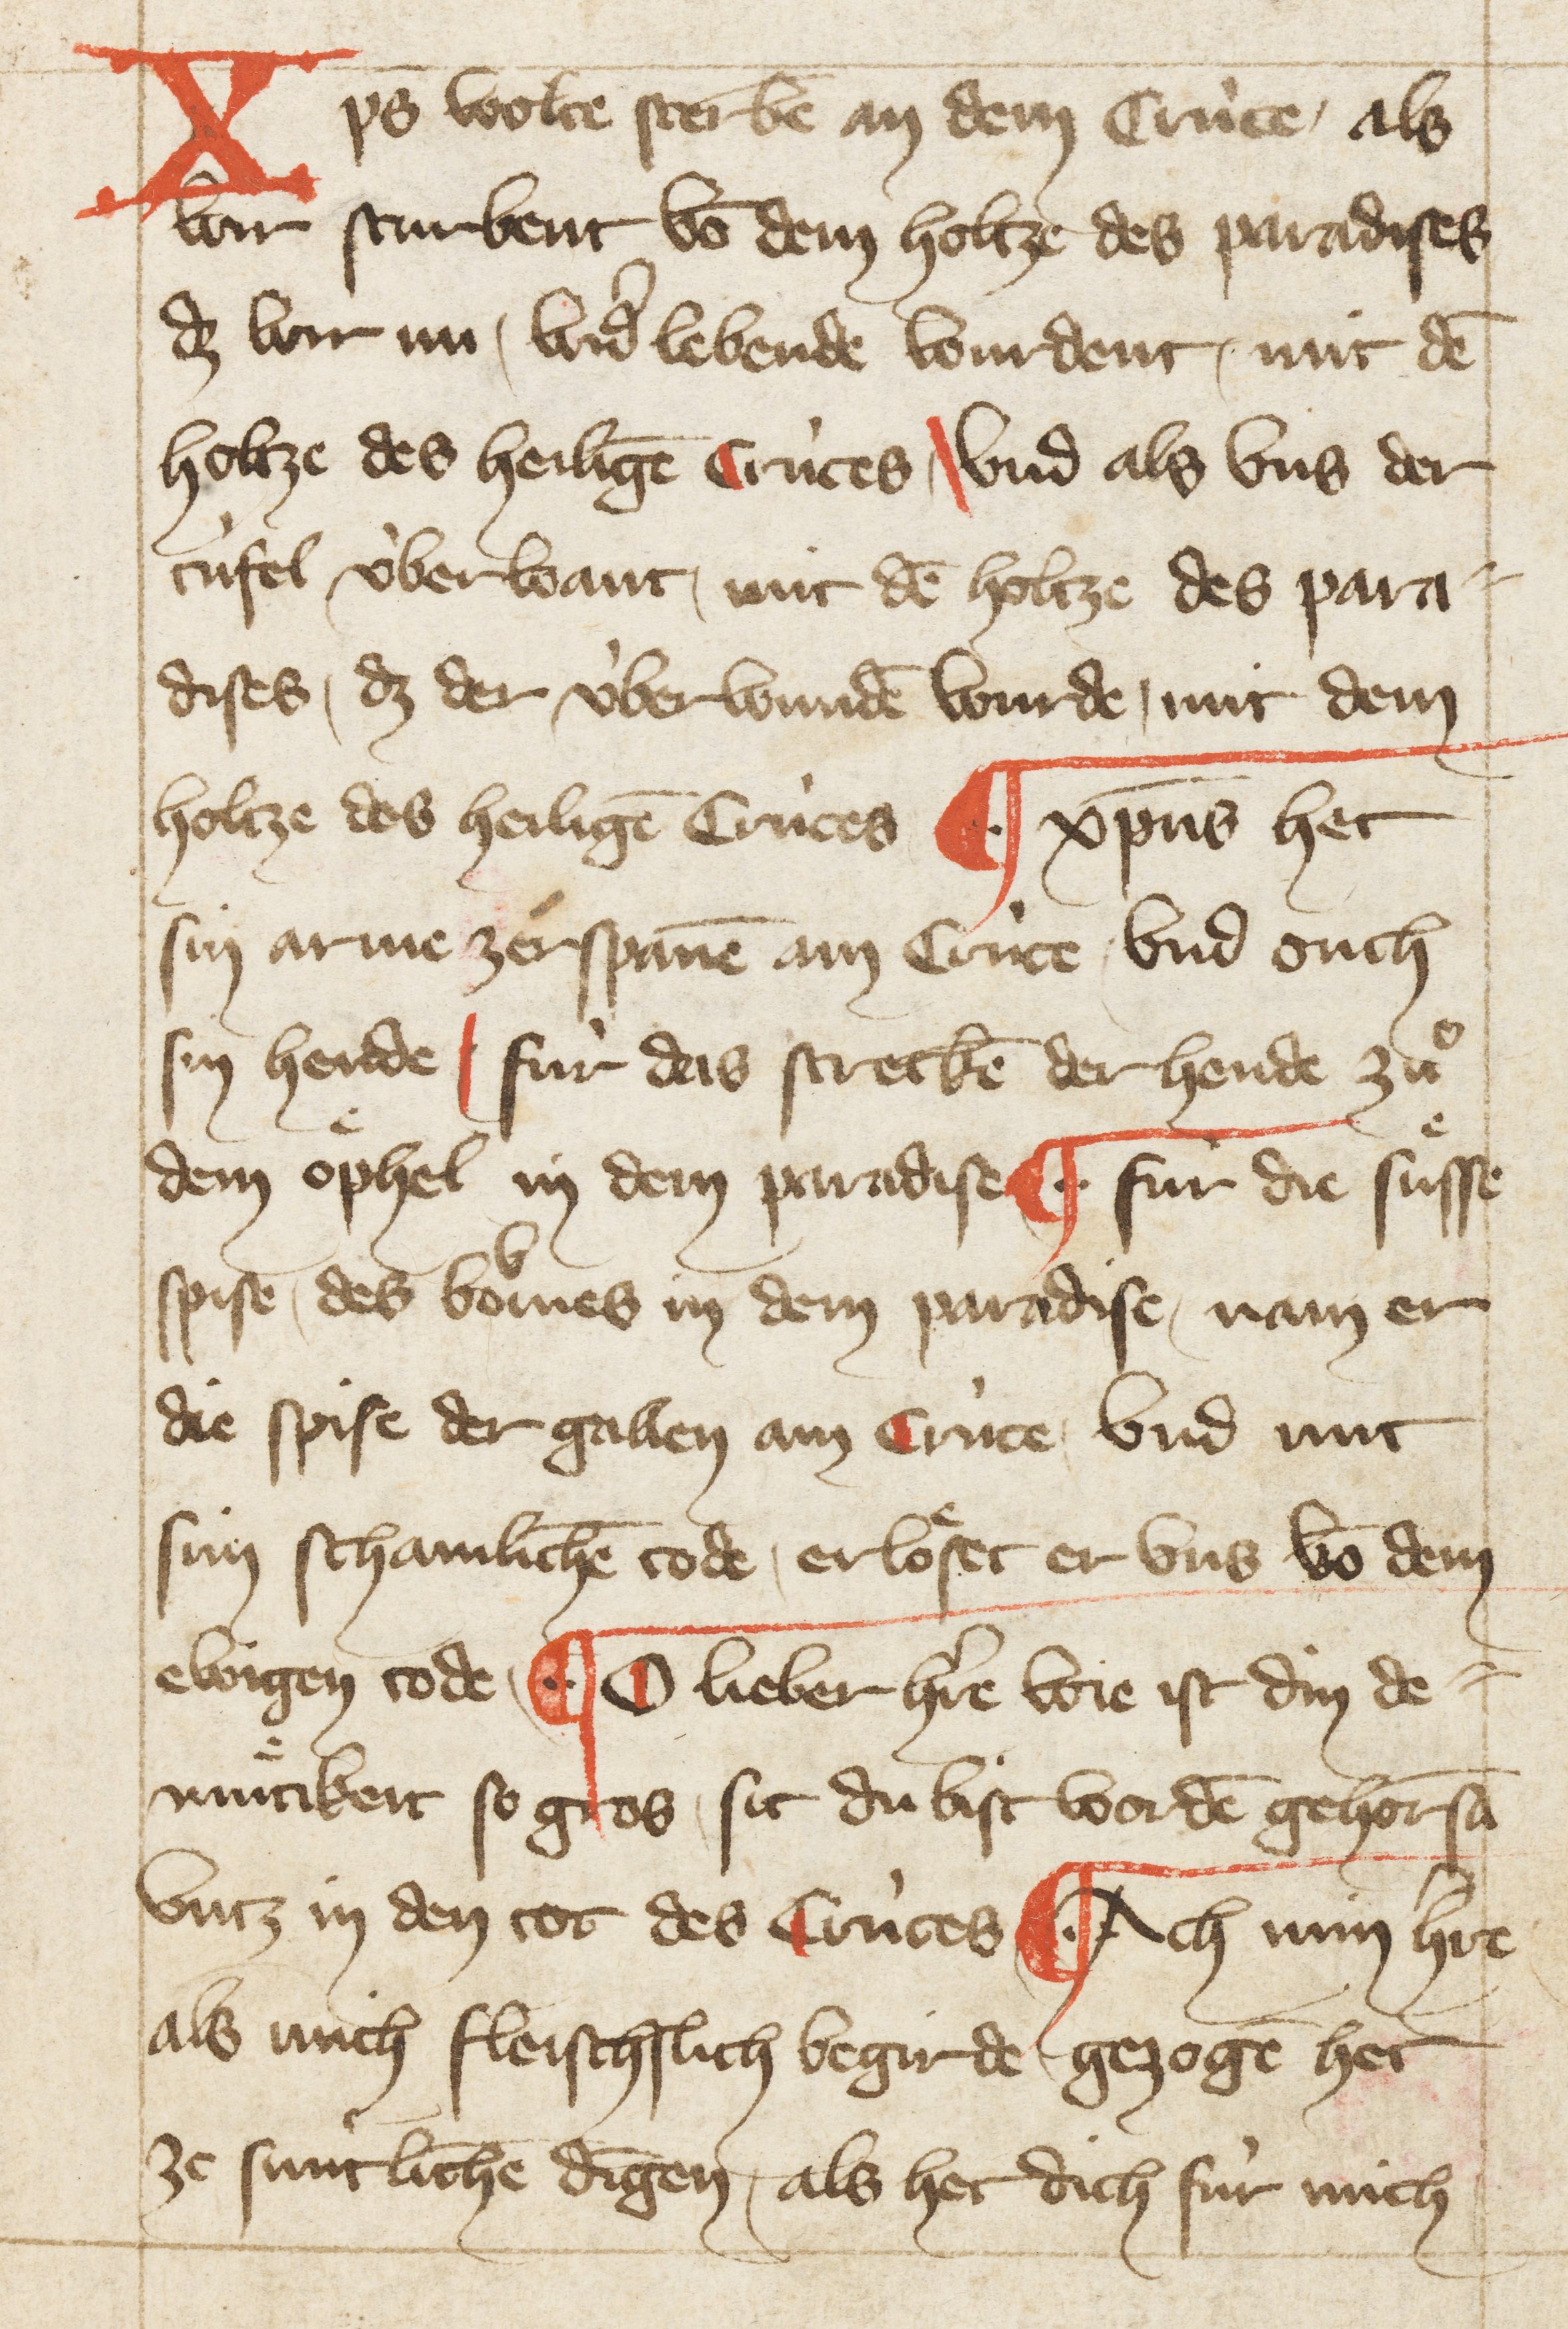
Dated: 1396–1403